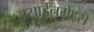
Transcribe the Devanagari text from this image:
असाईनमेंट्स